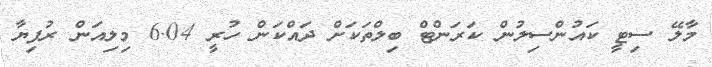
މާލޭ ސިޓީ ކައުންސިލުން ކަރަންޓް ބިލްތަކަށް ދައްކަން ހުރީ 6.04 މިލިއަން ރުފިޔާ